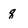
Character: q